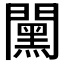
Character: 𨶯